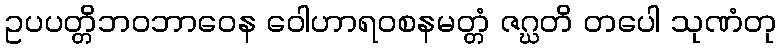
ဥပပတ္တိဘဝဘာဝေန ဝေါဟာရဝစနမတ္တံ ဇဂ္ဃတိ တပေါ သုဏံတု